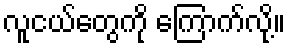
လူငယ်တွေကို ကြောက်လို့။